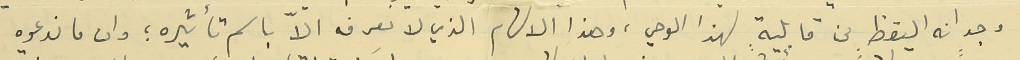
وجدانه اليقظ من قابليةٍ لهذا الوحي، وهذا الالهام الذي لا نعرفه الاّ باسم تأثيره ؛ وان ما ندعوه